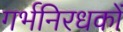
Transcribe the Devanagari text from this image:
गर्भनिरधकों